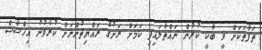
ތަފާތަކަށް ވީ ބާކީ ކުރުން ނައްތާލައިފި ކަމަށް ރަށުގެ ރައްޔިތުންނަށް ކުރެވުނު އިހްސާސް